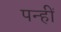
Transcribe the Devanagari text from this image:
पन्हीं